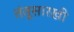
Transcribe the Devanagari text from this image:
तंतूसारखी